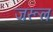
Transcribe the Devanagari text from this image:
जरूल